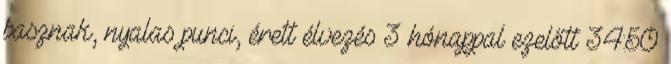
basznak, nyalas punci, érett élvezés 3 hónappal ezelőtt 34:50